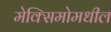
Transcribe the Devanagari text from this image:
मेक्सिमोमधील